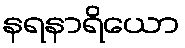
နရနာရိယော